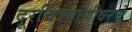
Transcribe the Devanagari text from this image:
दूरचित्रवाणीवरचे